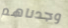
وجدناهم